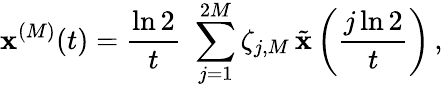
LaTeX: \mathbf{x}^{(M)}(t)=\frac{\ln 2}{t}\, \, \sum_{j=1}^{2M}\zeta_{j,M}\, \tilde{\mathbf{x}}\left(\frac{j\ln 2}{t}\right)\, ,